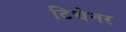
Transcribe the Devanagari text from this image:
टिचेनर